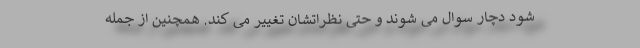
شود دچار سوال می شوند و حتی نظراتشان تغییر می کند. همچنین از جمله